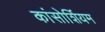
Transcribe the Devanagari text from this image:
कांसोर्शियम